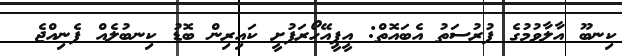
ކިނބޫ އާލާވުމުގެ ފުރުސަތު އެބައޮތް: އީޕީއޭހޯރަފުށީ ކައިރިން ބޮޑު ކިނބުލެއް ފެނިއްޖެ